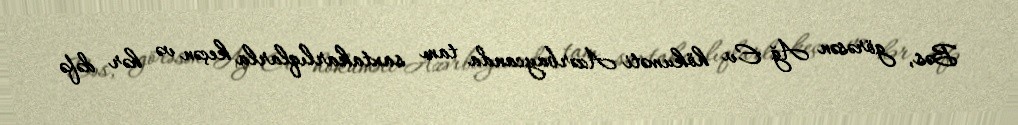
Bəs, görəsən Ağ Ev hökuməti Azərbaycanda tam saxtakarlıqlarla keçən və hər dəfə